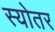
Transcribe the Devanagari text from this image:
स्योतर